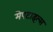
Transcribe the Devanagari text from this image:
मेपटाइल्स